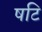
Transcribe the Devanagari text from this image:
षटि